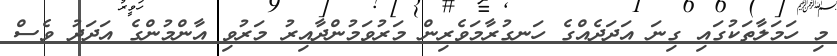
މި ހަމަލާތަކުގައި ގިނަ އަދަދެއްގެ ހަނގުރާމަވެރިން މަރުވަމުންދާއިރު މަރުވި އާންމުންގެ އަދަދު ވެސް